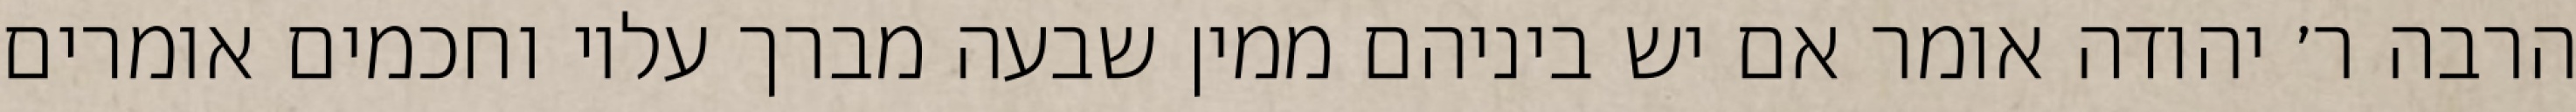
הרבה ר׳ יהודה אומר אם יש ביניהם ממין שבעה מברך עליו וחכמים אומרים